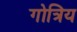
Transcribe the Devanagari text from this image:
गोत्रिय